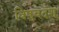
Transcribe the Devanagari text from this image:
विषुवदंश्